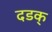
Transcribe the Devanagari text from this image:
दडक्